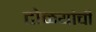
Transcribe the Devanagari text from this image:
टोळयांची